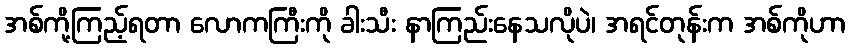
အစ်ကို့ကြည့်ရတာ လောကကြီးကို ခါးသီး နာကြည်းနေသလိုပဲ၊ အရင်တုန်းက အစ်ကိုဟာ